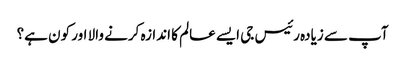
آپ سے زیادہ رئیس جی ایسے عالم کا اندازہ کرنے والا اور کون ہے؟